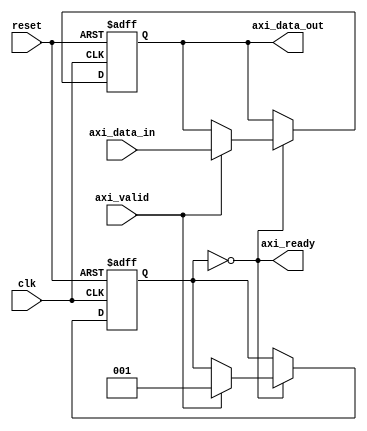
module axi_timing_control_and_sync (
    input wire clk,
    input wire reset,
    input wire axi_valid,
    input wire [31:0] axi_data_in,
    output wire axi_ready,
    output wire [31:0] axi_data_out
);

reg [2:0] state;
reg [31:0] data_reg;

always @(posedge clk or posedge reset) begin
    if (reset) begin
        state <= 3'b000;
        data_reg <= 32'h0;
    end else begin
        case (state)
            3'b000: begin // Idle state
                if (axi_valid) begin
                    state <= 3'b001; // Start data transfer
                    data_reg <= axi_data_in;
                end
            end
            3'b001: begin // Data transfer state
                if (axi_ready) begin
                    state <= 3'b000; // Return to idle state
                end
            end
        endcase
    end
end

assign axi_data_out = data_reg;
assign axi_ready = (state == 3'b000);

endmodule